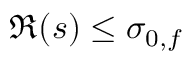
\Re ( s ) \leq \sigma _ { 0 , f }